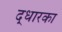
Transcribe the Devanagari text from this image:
द्धारका